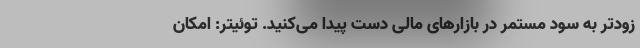
زودتر به سود مستمر در بازارهای مالی دست پیدا می‌کنید. توئیتر: امکان